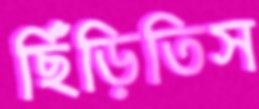
ছিঁড়িতিস